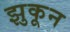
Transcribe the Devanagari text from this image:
झुकून